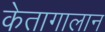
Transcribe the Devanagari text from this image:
केतागालान